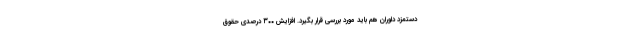
دستمزد داوران هم باید مورد بررسی قرار بگیرد. افزایش ۳۰۰ درصدی حقوق